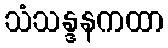
သံသန္ဒနကထာ